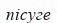
пісуге